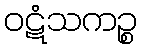
ဝဋံသကဉ္စ